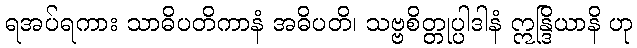
ရအပ်ရကား သာဓိပတိကာနံ အဓိပတိ၊ သဗ္ဗစိတ္တုပ္ပါဒါနံ ဣန္ဒြိယာနိ ဟု